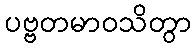
ပဗ္ဗတမာဝသိတွာ